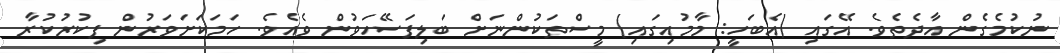
ނުކުމެގެން އާދެތެވެ. އޭގައި (އެބަހީ: މާމުއިގައި) މީސްތަކުންނަށް ބަލިފަސޭހަވުން ވެއެވެ. ހަމަކަށަވަރުން ފިކުރުކުރާ